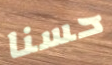
حسنا